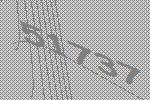
51737